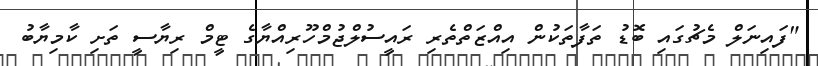
"ފައިނަލް މެޗުގައި ބޮޑު ތަފާތަކުން އިއްޒަތްތެރި ރައީސުލްޖުމްހޫރިއްޔާގެ ޓީމް ރިޔާސީ ތަށި ކާމިޔާބު